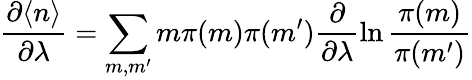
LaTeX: \frac{\partial\langle n\rangle}{\partial\lambda}=\sum_{m,m^{\prime}}m\pi(m)\pi(m^{\prime})\frac{\partial}{\partial\lambda}\ln\frac{\pi(m)}{\pi(m^{\prime})}